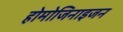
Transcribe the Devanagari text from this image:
होमोजिनाइजन